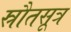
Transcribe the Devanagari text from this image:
स्रौतसूत्र